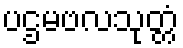
ပဌမဗလသုတ္တံ